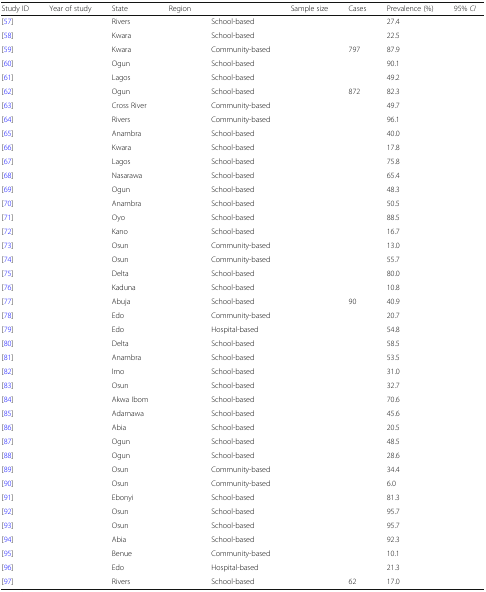
<table><thead><tr><td><b>Study ID</b></td><td><b>Year of study</b></td><td><b>State</b></td><td><b>Region</b></td><td>[EMPTY_CELL]</td><td><b>Sample size</b></td><td><b>Cases</b></td><td><b>Prevalence (%)</b></td><td><b>95% <i>CI</i></b></td></tr></thead><tbody><tr><td>[57]</td><td>[EMPTY_CELL]</td><td>Rivers</td><td>[EMPTY_CELL]</td><td>School-based</td><td>[EMPTY_CELL]</td><td>[EMPTY_CELL]</td><td>27.4</td><td>[EMPTY_CELL]</td></tr><tr><td>[58]</td><td>[EMPTY_CELL]</td><td>Kwara</td><td>[EMPTY_CELL]</td><td>School-based</td><td>[EMPTY_CELL]</td><td>[EMPTY_CELL]</td><td>22.5</td><td>[EMPTY_CELL]</td></tr><tr><td>[59]</td><td>[EMPTY_CELL]</td><td>Kwara</td><td>[EMPTY_CELL]</td><td>Community-based</td><td>[EMPTY_CELL]</td><td>797</td><td>87.9</td><td>[EMPTY_CELL]</td></tr><tr><td>[60]</td><td>[EMPTY_CELL]</td><td>Ogun</td><td>[EMPTY_CELL]</td><td>School-based</td><td>[EMPTY_CELL]</td><td>[EMPTY_CELL]</td><td>90.1</td><td>[EMPTY_CELL]</td></tr><tr><td>[61]</td><td>[EMPTY_CELL]</td><td>Lagos</td><td>[EMPTY_CELL]</td><td>School-based</td><td>[EMPTY_CELL]</td><td>[EMPTY_CELL]</td><td>49.2</td><td>[EMPTY_CELL]</td></tr><tr><td>[62]</td><td>[EMPTY_CELL]</td><td>Ogun</td><td>[EMPTY_CELL]</td><td>School-based</td><td>[EMPTY_CELL]</td><td>872</td><td>82.3</td><td>[EMPTY_CELL]</td></tr><tr><td>[63]</td><td>[EMPTY_CELL]</td><td>Cross River</td><td>[EMPTY_CELL]</td><td>Community-based</td><td>[EMPTY_CELL]</td><td>[EMPTY_CELL]</td><td>49.7</td><td>[EMPTY_CELL]</td></tr><tr><td>[64]</td><td>[EMPTY_CELL]</td><td>Rivers</td><td>[EMPTY_CELL]</td><td>Community-based</td><td>[EMPTY_CELL]</td><td>[EMPTY_CELL]</td><td>96.1</td><td>[EMPTY_CELL]</td></tr><tr><td>[65]</td><td>[EMPTY_CELL]</td><td>Anambra</td><td>[EMPTY_CELL]</td><td>School-based</td><td>[EMPTY_CELL]</td><td>[EMPTY_CELL]</td><td>40.0</td><td>[EMPTY_CELL]</td></tr><tr><td>[66]</td><td>[EMPTY_CELL]</td><td>Kwara</td><td>[EMPTY_CELL]</td><td>School-based</td><td>[EMPTY_CELL]</td><td>[EMPTY_CELL]</td><td>17.8</td><td>[EMPTY_CELL]</td></tr><tr><td>[67]</td><td>[EMPTY_CELL]</td><td>Lagos</td><td>[EMPTY_CELL]</td><td>School-based</td><td>[EMPTY_CELL]</td><td>[EMPTY_CELL]</td><td>75.8</td><td>[EMPTY_CELL]</td></tr><tr><td>[68]</td><td>[EMPTY_CELL]</td><td>Nasarawa</td><td>[EMPTY_CELL]</td><td>School-based</td><td>[EMPTY_CELL]</td><td>[EMPTY_CELL]</td><td>65.4</td><td>[EMPTY_CELL]</td></tr><tr><td>[69]</td><td>[EMPTY_CELL]</td><td>Ogun</td><td>[EMPTY_CELL]</td><td>School-based</td><td>[EMPTY_CELL]</td><td>[EMPTY_CELL]</td><td>48.3</td><td>[EMPTY_CELL]</td></tr><tr><td>[70]</td><td>[EMPTY_CELL]</td><td>Anambra</td><td>[EMPTY_CELL]</td><td>School-based</td><td>[EMPTY_CELL]</td><td>[EMPTY_CELL]</td><td>50.5</td><td>[EMPTY_CELL]</td></tr><tr><td>[71]</td><td>[EMPTY_CELL]</td><td>Oyo</td><td>[EMPTY_CELL]</td><td>School-based</td><td>[EMPTY_CELL]</td><td>[EMPTY_CELL]</td><td>88.5</td><td>[EMPTY_CELL]</td></tr><tr><td>[72]</td><td>[EMPTY_CELL]</td><td>Kano</td><td>[EMPTY_CELL]</td><td>School-based</td><td>[EMPTY_CELL]</td><td>[EMPTY_CELL]</td><td>16.7</td><td>[EMPTY_CELL]</td></tr><tr><td>[73]</td><td>[EMPTY_CELL]</td><td>Osun</td><td>[EMPTY_CELL]</td><td>Community-based</td><td>[EMPTY_CELL]</td><td>[EMPTY_CELL]</td><td>13.0</td><td>[EMPTY_CELL]</td></tr><tr><td>[74]</td><td>[EMPTY_CELL]</td><td>Osun</td><td>[EMPTY_CELL]</td><td>Community-based</td><td>[EMPTY_CELL]</td><td>[EMPTY_CELL]</td><td>55.7</td><td>[EMPTY_CELL]</td></tr><tr><td>[75]</td><td>[EMPTY_CELL]</td><td>Delta</td><td>[EMPTY_CELL]</td><td>School-based</td><td>[EMPTY_CELL]</td><td>[EMPTY_CELL]</td><td>80.0</td><td>[EMPTY_CELL]</td></tr><tr><td>[76]</td><td>[EMPTY_CELL]</td><td>Kaduna</td><td>[EMPTY_CELL]</td><td>School-based</td><td>[EMPTY_CELL]</td><td>[EMPTY_CELL]</td><td>10.8</td><td>[EMPTY_CELL]</td></tr><tr><td>[77]</td><td>[EMPTY_CELL]</td><td>Abuja</td><td>[EMPTY_CELL]</td><td>School-based</td><td>[EMPTY_CELL]</td><td>90</td><td>40.9</td><td>[EMPTY_CELL]</td></tr><tr><td>[78]</td><td>[EMPTY_CELL]</td><td>Edo</td><td>[EMPTY_CELL]</td><td>Community-based</td><td>[EMPTY_CELL]</td><td>[EMPTY_CELL]</td><td>20.7</td><td>[EMPTY_CELL]</td></tr><tr><td>[79]</td><td>[EMPTY_CELL]</td><td>Edo</td><td>[EMPTY_CELL]</td><td>Hospital-based</td><td>[EMPTY_CELL]</td><td>[EMPTY_CELL]</td><td>54.8</td><td>[EMPTY_CELL]</td></tr><tr><td>[80]</td><td>[EMPTY_CELL]</td><td>Delta</td><td>[EMPTY_CELL]</td><td>School-based</td><td>[EMPTY_CELL]</td><td>[EMPTY_CELL]</td><td>58.5</td><td>[EMPTY_CELL]</td></tr><tr><td>[81]</td><td>[EMPTY_CELL]</td><td>Anambra</td><td>[EMPTY_CELL]</td><td>School-based</td><td>[EMPTY_CELL]</td><td>[EMPTY_CELL]</td><td>53.5</td><td>[EMPTY_CELL]</td></tr><tr><td>[82]</td><td>[EMPTY_CELL]</td><td>Imo</td><td>[EMPTY_CELL]</td><td>School-based</td><td>[EMPTY_CELL]</td><td>[EMPTY_CELL]</td><td>31.0</td><td>[EMPTY_CELL]</td></tr><tr><td>[83]</td><td>[EMPTY_CELL]</td><td>Osun</td><td>[EMPTY_CELL]</td><td>School-based</td><td>[EMPTY_CELL]</td><td>[EMPTY_CELL]</td><td>32.7</td><td>[EMPTY_CELL]</td></tr><tr><td>[84]</td><td>[EMPTY_CELL]</td><td>Akwa Ibom</td><td>[EMPTY_CELL]</td><td>School-based</td><td>[EMPTY_CELL]</td><td>[EMPTY_CELL]</td><td>70.6</td><td>[EMPTY_CELL]</td></tr><tr><td>[85]</td><td>[EMPTY_CELL]</td><td>Adamawa</td><td>[EMPTY_CELL]</td><td>School-based</td><td>[EMPTY_CELL]</td><td>[EMPTY_CELL]</td><td>45.6</td><td>[EMPTY_CELL]</td></tr><tr><td>[86]</td><td>[EMPTY_CELL]</td><td>Abia</td><td>[EMPTY_CELL]</td><td>School-based</td><td>[EMPTY_CELL]</td><td>[EMPTY_CELL]</td><td>20.5</td><td>[EMPTY_CELL]</td></tr><tr><td>[87]</td><td>[EMPTY_CELL]</td><td>Ogun</td><td>[EMPTY_CELL]</td><td>School-based</td><td>[EMPTY_CELL]</td><td>[EMPTY_CELL]</td><td>48.5</td><td>[EMPTY_CELL]</td></tr><tr><td>[88]</td><td>[EMPTY_CELL]</td><td>Ogun</td><td>[EMPTY_CELL]</td><td>School-based</td><td>[EMPTY_CELL]</td><td>[EMPTY_CELL]</td><td>28.6</td><td>[EMPTY_CELL]</td></tr><tr><td>[89]</td><td>[EMPTY_CELL]</td><td>Osun</td><td>[EMPTY_CELL]</td><td>Community-based</td><td>[EMPTY_CELL]</td><td>[EMPTY_CELL]</td><td>34.4</td><td>[EMPTY_CELL]</td></tr><tr><td>[90]</td><td>[EMPTY_CELL]</td><td>Osun</td><td>[EMPTY_CELL]</td><td>Community-based</td><td>[EMPTY_CELL]</td><td>[EMPTY_CELL]</td><td>6.0</td><td>[EMPTY_CELL]</td></tr><tr><td>[91]</td><td>[EMPTY_CELL]</td><td>Ebonyi</td><td>[EMPTY_CELL]</td><td>School-based</td><td>[EMPTY_CELL]</td><td>[EMPTY_CELL]</td><td>81.3</td><td>[EMPTY_CELL]</td></tr><tr><td>[92]</td><td>[EMPTY_CELL]</td><td>Osun</td><td>[EMPTY_CELL]</td><td>School-based</td><td>[EMPTY_CELL]</td><td>[EMPTY_CELL]</td><td>95.7</td><td>[EMPTY_CELL]</td></tr><tr><td>[93]</td><td>[EMPTY_CELL]</td><td>Osun</td><td>[EMPTY_CELL]</td><td>School-based</td><td>[EMPTY_CELL]</td><td>[EMPTY_CELL]</td><td>95.7</td><td>[EMPTY_CELL]</td></tr><tr><td>[94]</td><td>[EMPTY_CELL]</td><td>Abia</td><td>[EMPTY_CELL]</td><td>School-based</td><td>[EMPTY_CELL]</td><td>[EMPTY_CELL]</td><td>92.3</td><td>[EMPTY_CELL]</td></tr><tr><td>[95]</td><td>[EMPTY_CELL]</td><td>Benue</td><td>[EMPTY_CELL]</td><td>Community-based</td><td>[EMPTY_CELL]</td><td>[EMPTY_CELL]</td><td>10.1</td><td>[EMPTY_CELL]</td></tr><tr><td>[96]</td><td>[EMPTY_CELL]</td><td>Edo</td><td>[EMPTY_CELL]</td><td>Hospital-based</td><td>[EMPTY_CELL]</td><td>[EMPTY_CELL]</td><td>21.3</td><td>[EMPTY_CELL]</td></tr><tr><td>[97]</td><td>[EMPTY_CELL]</td><td>Rivers</td><td>[EMPTY_CELL]</td><td>School-based</td><td>[EMPTY_CELL]</td><td>62</td><td>17.0</td><td>[EMPTY_CELL]</td></tr></tbody></table>